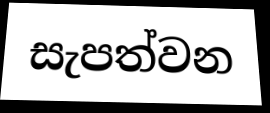
සැපත්වන